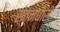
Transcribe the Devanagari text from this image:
स्त्नधारी